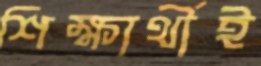
শিক্ষার্থীই